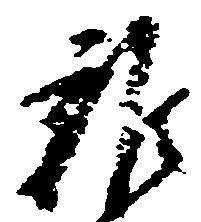
雑